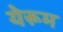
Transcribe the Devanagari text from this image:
येरूम